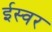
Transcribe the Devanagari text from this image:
ईस्वर